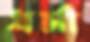
ধর্মা